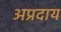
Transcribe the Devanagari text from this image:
अप्रदाय